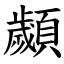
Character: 顪